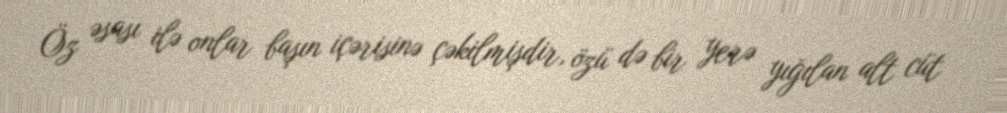
Öz əsası ilə onlar başın içərisinə çəkilmişdir, özü də bir yerə yığılan alt cüt